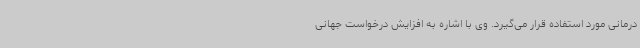
درمانی مورد استفاده قرار می‌گیرد. وی با اشاره به افزایش درخواست جهانی